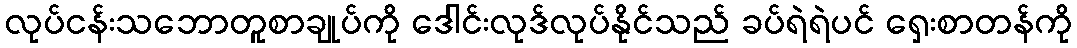
လုပ်ငန်းသဘောတူစာချုပ်ကို ဒေါင်းလုဒ်လုပ်နိုင်သည် ခပ်ရဲရဲပင် ရှေးစာတန်ကို